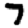
Digit: 7